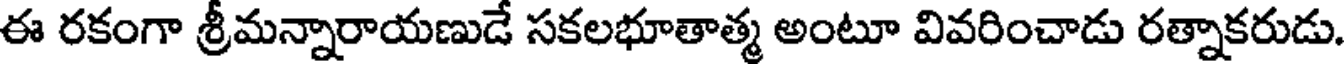
ఈ రకంగా శ్రీమన్నారాయణుడే సకలభూతాత్మ అంటూ వివరించాడు రత్నాకరుడు.